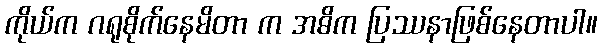
ကိုယ်က ဂရုစိုက်နေမိတာ က အဓိက ပြဿနာဖြစ်နေတာပါ။